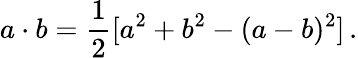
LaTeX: a\cdot b=\frac{1}{2}[a^{2}+b^{2}-(a-b)^{2}]\, .